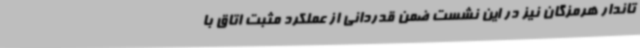
تاندار هرمزگان نیز در این نشست ضمن قدردانی از عملکرد مثبت اتاق با